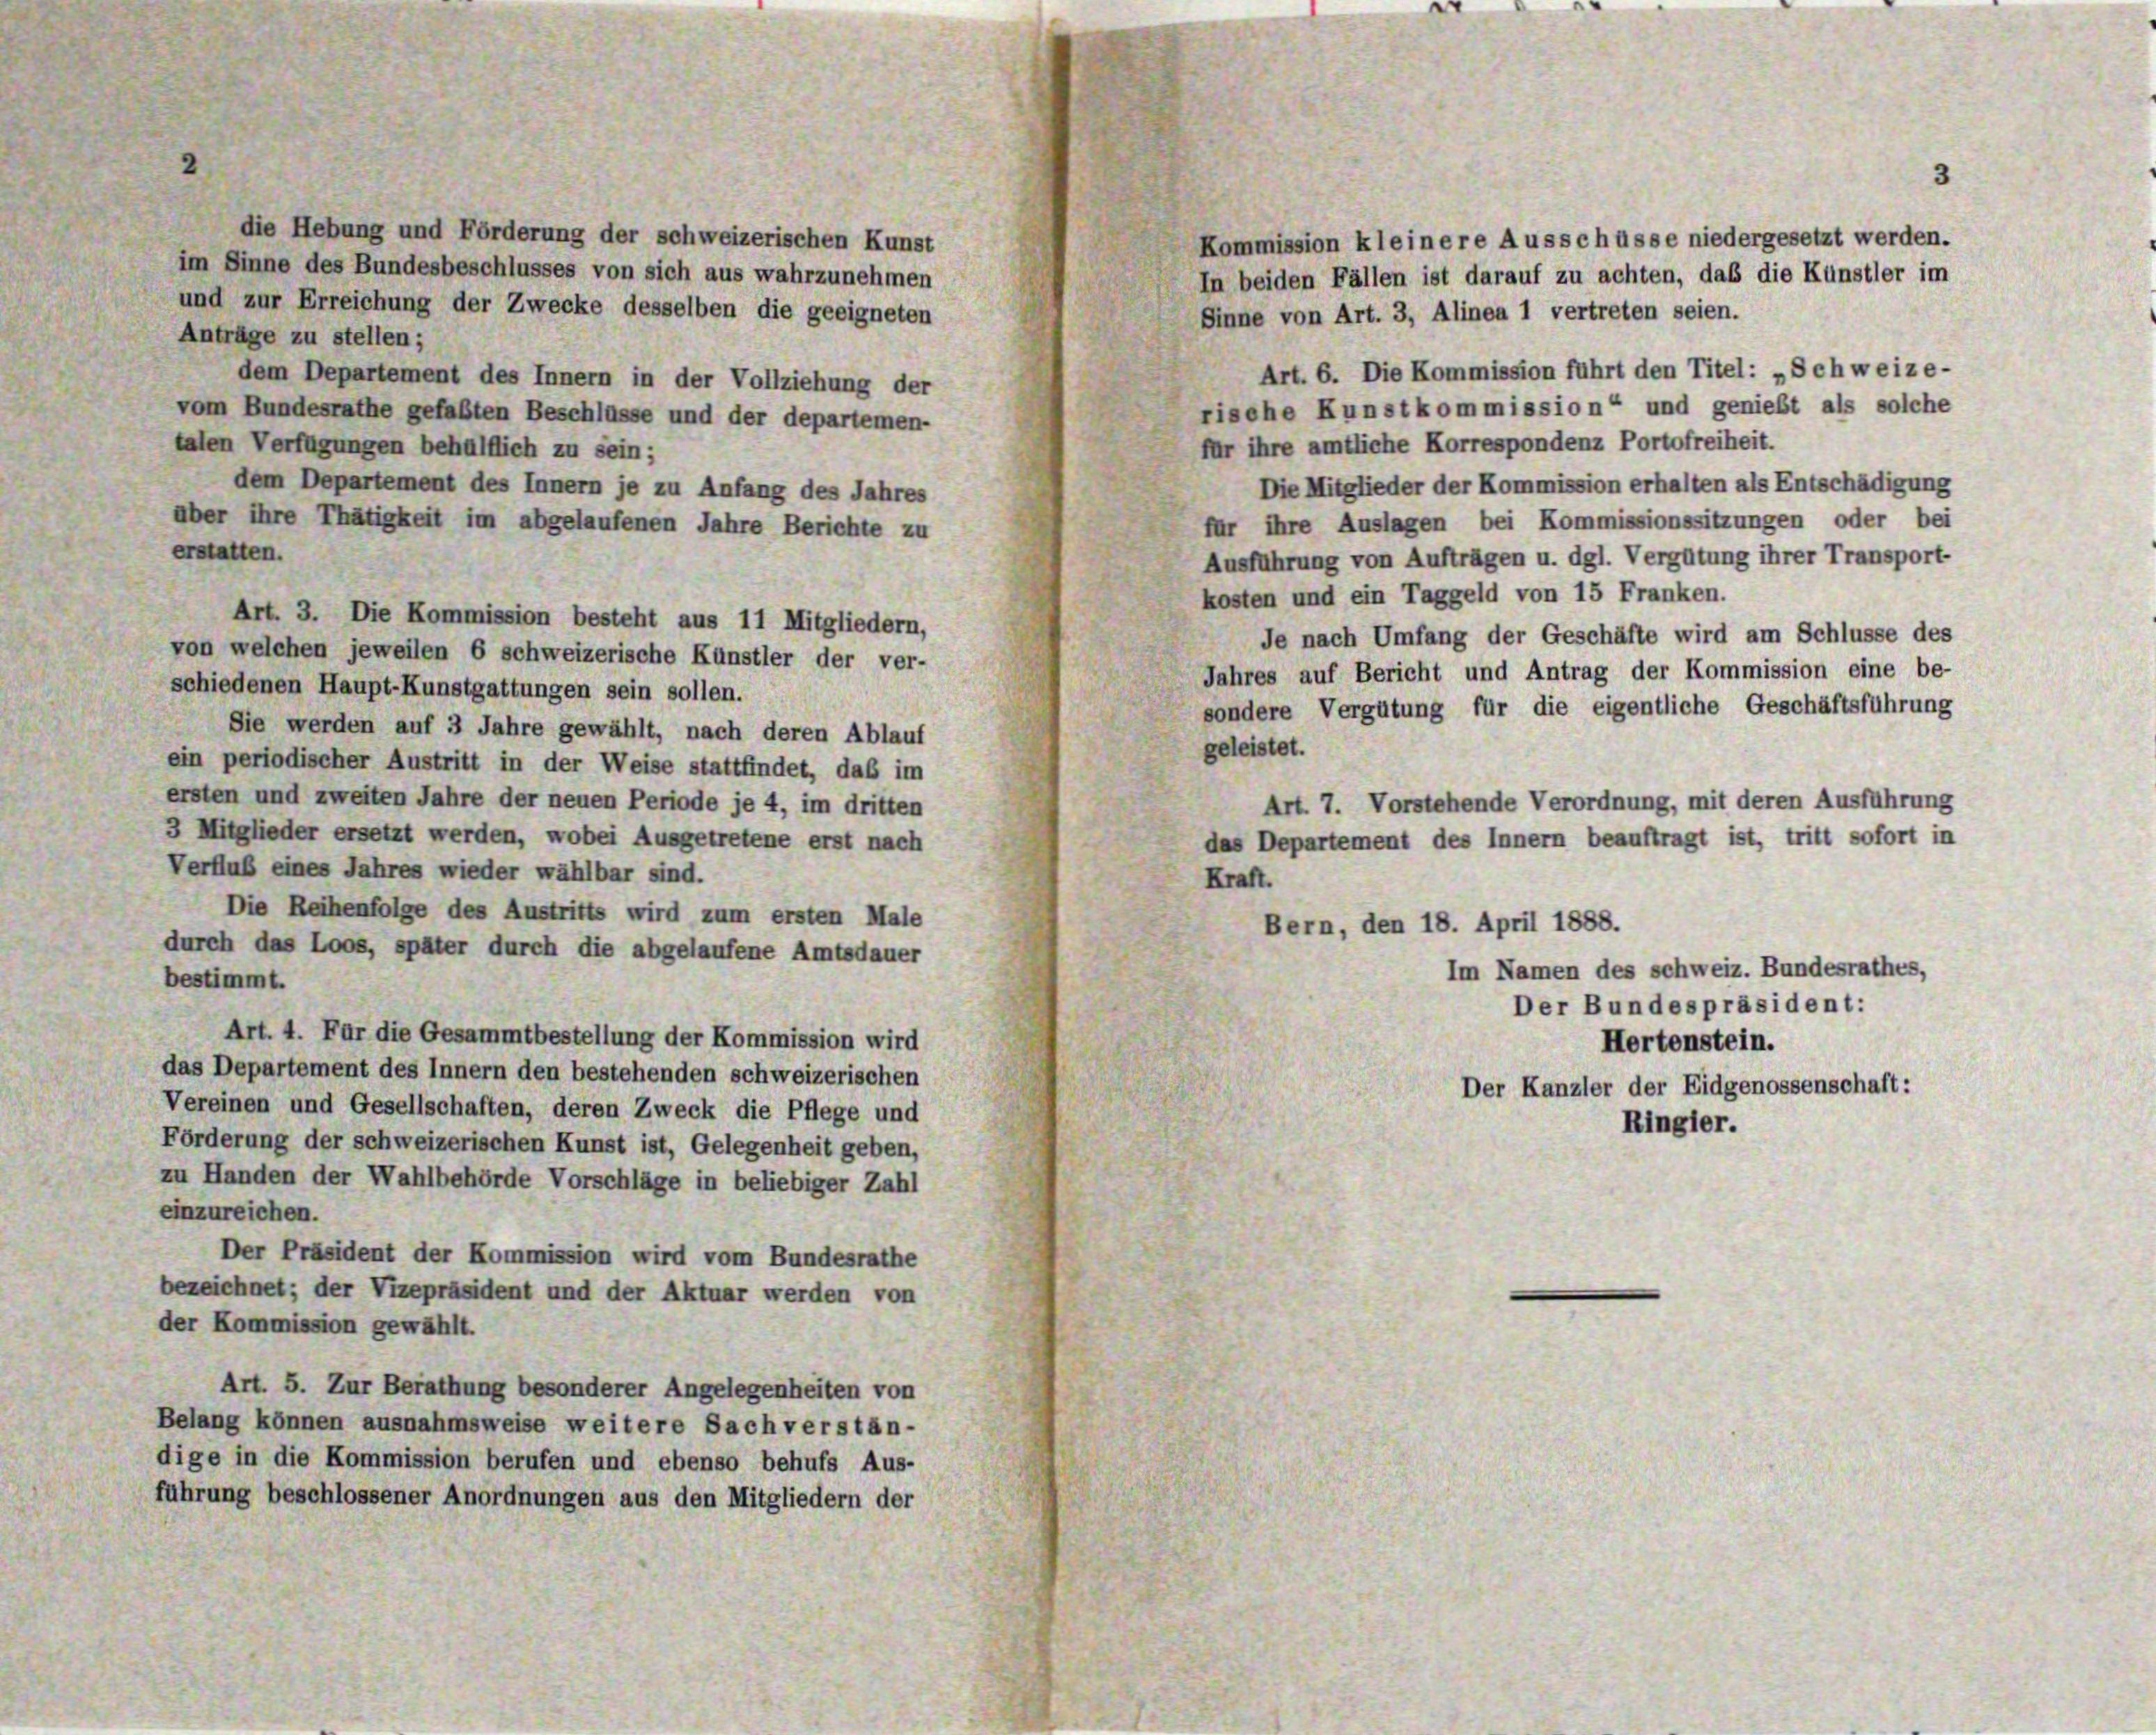
die Hebung und Förderung der schweizerischen Kunst
Kommission kleinere Ausschüsse niedergesetzt werden.
im Sinne des Bundesbeschlusses von sich aus wahrzunehmen
In beiden Fällen ist darauf zu achten, daß die Künstler im
und zur Erreichung der Zwecke desselben die geeigneten
Sinne von Art. 3, Alinen 1 vertreten seien.
Anträge zu stellen;
Art. 6. Die Kommission führt den Titel: „Schweize-
dem Departement des Innern in der Vollziehung der
rische Kunstkommission“ und genießt als solche
vom Bundesrathe gefaßten Beschlüsse und der departemen-
für ihre amtliche Korrespondenz Portofreiheit.
talen Verfügungen behülflich zu sein;
Die Mitglieder der Kommission erhalten als Entschädigung
dem Departement des Innern je zu Anfang des Jahres
für ihre Auslagen bei Kommissionssitzungen oder bei
aber ihre Thätigkeit im abgelaufenen Jahre Berichte zu
erstatten.
Ausführung von Aufträgen u. dgl. Vergütung ihrer Transport-
kosten und ein Taggeld von 15 Franken.
Art. 3. Die Kommission besteht aus 11 Mitgliedern,
Je nach Umfang der Geschäfte wird am Schlüsse des
von welchen jeweilen 6 schweizerische Künstler der ver-
Jahres auf Bericht und Antrag der Kommission eine be-
schiedenen Haupt-Kunstgattungen sein sollen.
sondere Vergütung für die eigentliche Geschäftsführung
Sie werden auf 3 Jahre gewählt, nach deren Ablauf
geleistet.
ein periodischer Austritt in der Weise stattfindet, daß im
ersten und zweiten Jahre der neuen Periode je 4, im dritten
Art. 7. Vorstehende Verordnung, mit deren Ausführung
3 Mitglieder ersetzt werden, wobei Ausgetretene erst nach
das Departement des Innern beauftragt ist, tritt sofort in
Verfluß eines Jahres wieder wählbar sind.
Kraft.
Die Reihenfolge des Austritts wird zum ersten Male
Bern, den 18. April 1888.
durch das Loos, später durch die abgelaufene Amtsdauer
Im Namen des schweiz. Bundesrathes,
bestimmt.
Der Bundespräsident:
Art. 4. Für die Gesammtbestellung der Kommission wird
Hertenstein.
das Departement des Innern den bestehenden schweizerischen
Der Kanzler der Eidgenossenschaft:
Vereinen und Gesellschaften, deren Zweck die Pflege und
Ringler.
Förderung der schweizerischen Kunst ist, Gelegenheit geben,
zu Handen der Wahlbehörde Vorschläge in beliebiger Zahl
einzureichen.
Der Präsident der Kommission wird vom Bundesrathe
bezeichnet; der Vizepräsident und der Aktuar werden von
der Kommission gewählt.
Art. 5. Zur Berathung besonderer Angelegenheiten von
Belang können ausnahmsweise weitere Sachverstän-
dige in die Kommission berufen und ebenso behufs Aus-
führung beschlossener Anordnungen aus den Mitgliedern der

3